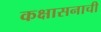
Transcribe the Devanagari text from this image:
कक्षासनाची